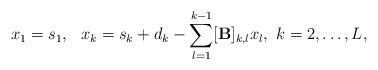
LaTeX: \begin{align*}x_1 = s_1, ~~x_k = s_k + d_k - \sum_{l=1}^{k-1}[\mathbf{B}]_{k,l}x_l, ~ k =2, \ldots, L,\end{align*}